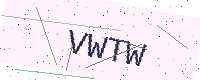
Text: VWTW